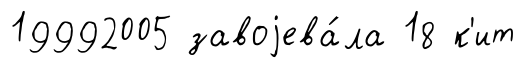
19992005 завоjева́ла 18 к'ит